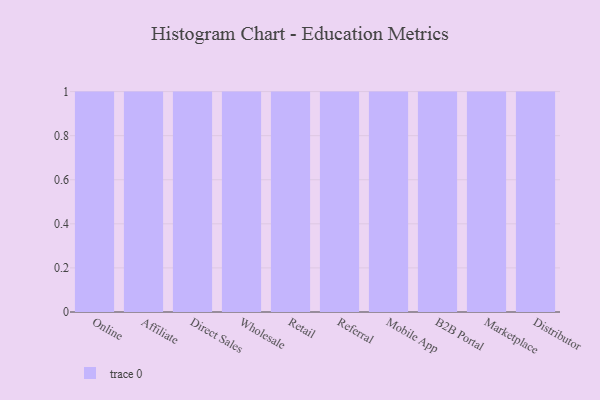
{"axis": {"x": "Channel", "y": "Active Users"}, "legend": [""], "data": [{"x": "Online", "y": 11, "type": ""}, {"x": "Affiliate", "y": 29, "type": ""}, {"x": "Direct Sales", "y": 95, "type": ""}, {"x": "Wholesale", "y": 5, "type": ""}, {"x": "Retail", "y": 39, "type": ""}, {"x": "Referral", "y": 3, "type": ""}, {"x": "Mobile App", "y": 65, "type": ""}, {"x": "B2B Portal", "y": 32, "type": ""}, {"x": "Marketplace", "y": 11, "type": ""}, {"x": "Distributor", "y": 72, "type": ""}]}